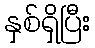
နှစ်ရှိပြီး